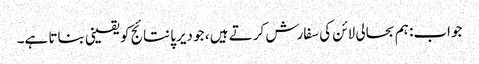
جواب: ہم بحالی لائن کی سفارش کرتے ہیں ، جو دیرپا نتائج کو یقینی بناتا ہے۔